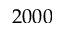
2 0 0 0